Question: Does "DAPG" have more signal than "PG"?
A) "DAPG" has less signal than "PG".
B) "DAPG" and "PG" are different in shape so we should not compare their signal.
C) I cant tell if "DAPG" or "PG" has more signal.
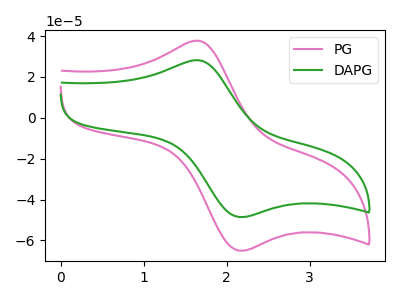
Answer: <think>The pink curve "PG" has an anodic peak at (1.65V, 37.70uA) and a cathodic peak at (2.20V, -65.05uA). The green curve "DAPG" has an anodic peak at (1.65V, 28.20uA) and a cathodic peak at (2.20V, -48.60uA).
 All the peaks in "DAPG" have a peak in "PG" at the same potential. Every peak in "DAPG" is lower than every peak in "PG".</think>
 <answer>A) "DAPG" has less signal than "PG".</answer>
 <eval>A</eval>